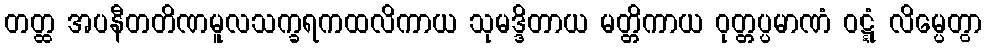
တတ္ထ အပနီတတိဏမူလသက္ခရကထလိကာယ သုမဒ္ဒိတာယ မတ္တိကာယ ဝုတ္တပ္ပမာဏံ ဝဋ္ဋံ လိမ္ပေတွာ